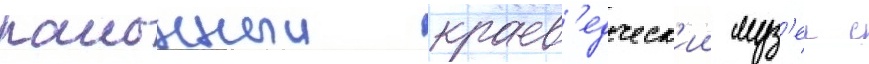
раионныи краев'едческ'ии муз'еи с